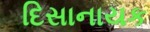
દિસાનાયક